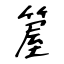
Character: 箼